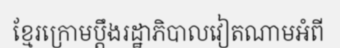
ខ្មែរក្រោមប្តឹងរដ្ឋាភិបាលវៀតណាមអំពី